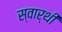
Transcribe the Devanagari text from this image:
स्‍वार्थी